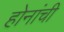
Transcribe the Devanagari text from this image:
होनांची